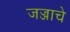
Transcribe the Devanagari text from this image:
जज्जाचे